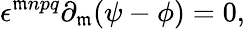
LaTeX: \epsilon^{\mathfrak{m}npq}\partial_{\mathfrak{m}}(\psi-\phi)=0,